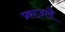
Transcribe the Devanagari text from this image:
फ्राउले